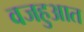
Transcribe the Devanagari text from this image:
वजहुआत